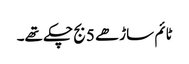
ٹائم ساڑھے 5 بج چکے تھے۔